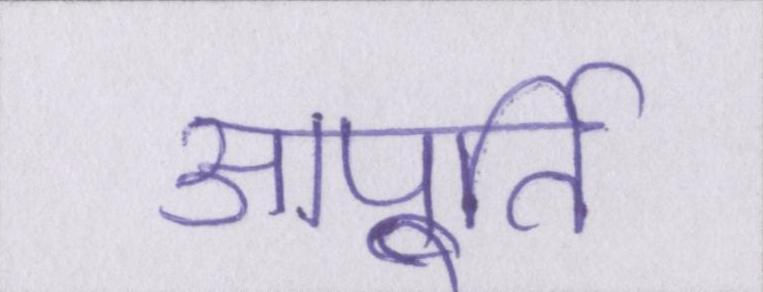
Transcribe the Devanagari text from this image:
आपूर्ति